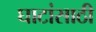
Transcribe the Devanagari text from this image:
घाटांसाठी